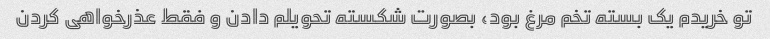
تو خریدم یک بسته تخم مرغ بود، بصورت شکسته تحویلم دادن و فقط عذرخواهی کردن